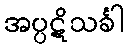
အပ္ပဋိသင်္ခါ